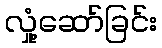
လှုံ့ဆော်ခြင်း